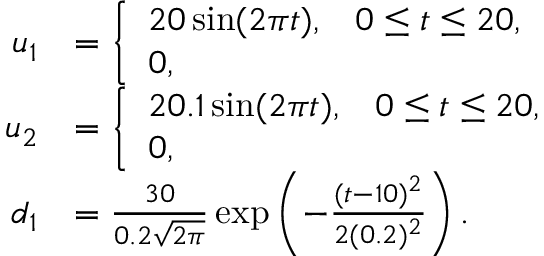
\begin{array} { r l } { u _ { 1 } } & { = \left\{ \begin{array} { l l } { 2 0 \sin ( 2 \pi t ) , \; \; \; 0 \leq t \leq 2 0 , } \\ { 0 , } \end{array} \right. } \\ { u _ { 2 } } & { = \left\{ \begin{array} { l l } { 2 0 . 1 \sin ( 2 \pi t ) , \; \; \; 0 \leq t \leq 2 0 , } \\ { 0 , } \end{array} \right. } \\ { d _ { 1 } } & { = \frac { 3 0 } { 0 . 2 \sqrt { 2 \pi } } \exp \left( - \frac { ( t - 1 0 ) ^ { 2 } } { 2 ( 0 . 2 ) ^ { 2 } } \right) . } \end{array}